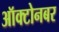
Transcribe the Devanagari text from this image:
ऑक्टोनबर